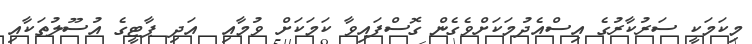
މިކަމަކީ ސަރުކާރުގެ އިސްއެދުމަކަށްވެގެން ގޮސްފައިވާ ކަމަކަށް ވުމާއި  އަދި ޕާޓީގެ އުސޫލުތަކާއި